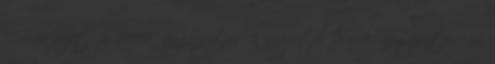
Óvoda vezetője 1999. augusztus 1. napjától 2004. augusztus 31.